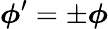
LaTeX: \boldsymbol\phi^{\prime}=\pm\boldsymbol\phi